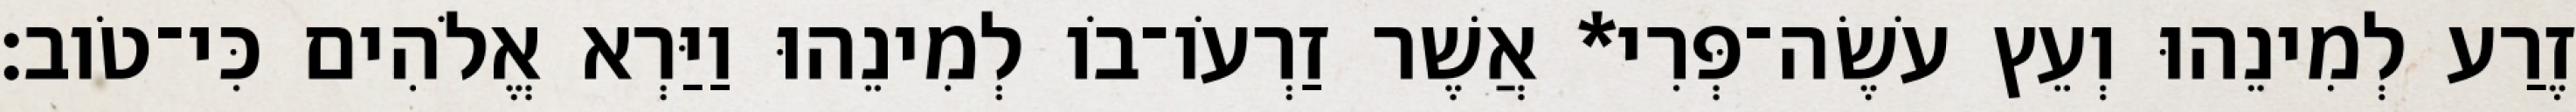
זֶרַע לְמִינֵהוּ וְעֵץ עֹשֶׂה־פְּרִי* אֲשֶׁר זַרְעֹו־בֹו לְמִינֵהוּ וַיַּרְא אֱלֹהִים כִּי־טֹוב׃